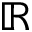
\mathbb { R }